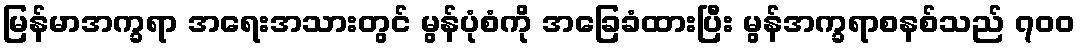
မြန်မာအက္ခရာ အရေးအသားတွင် မွန်ပုံစံကို အခြေခံထားပြီး မွန်အက္ခရာစနစ်သည် ၇၀၀